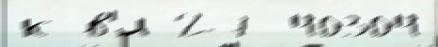
к в'́л 27 40304